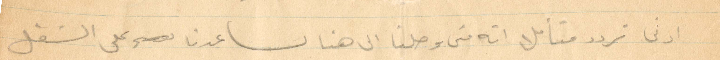
ادنى تردد فتأمل انه متى وصلنا الى هنا ساعدنا على الشغل